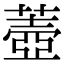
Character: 𦺟